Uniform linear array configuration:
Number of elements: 64
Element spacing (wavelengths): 0.75
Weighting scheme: exponential
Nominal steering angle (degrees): -30
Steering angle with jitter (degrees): -30.672
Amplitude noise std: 0.05
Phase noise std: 0.05

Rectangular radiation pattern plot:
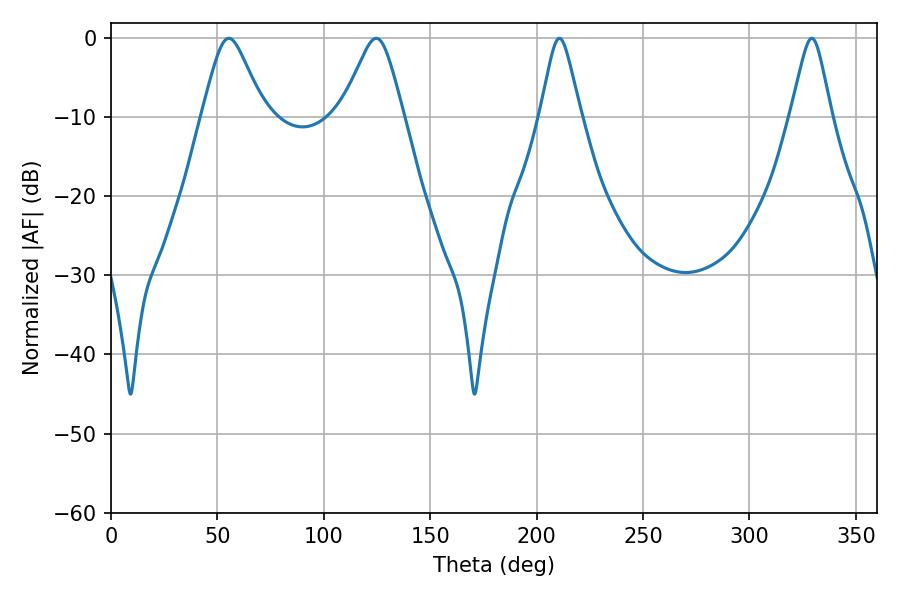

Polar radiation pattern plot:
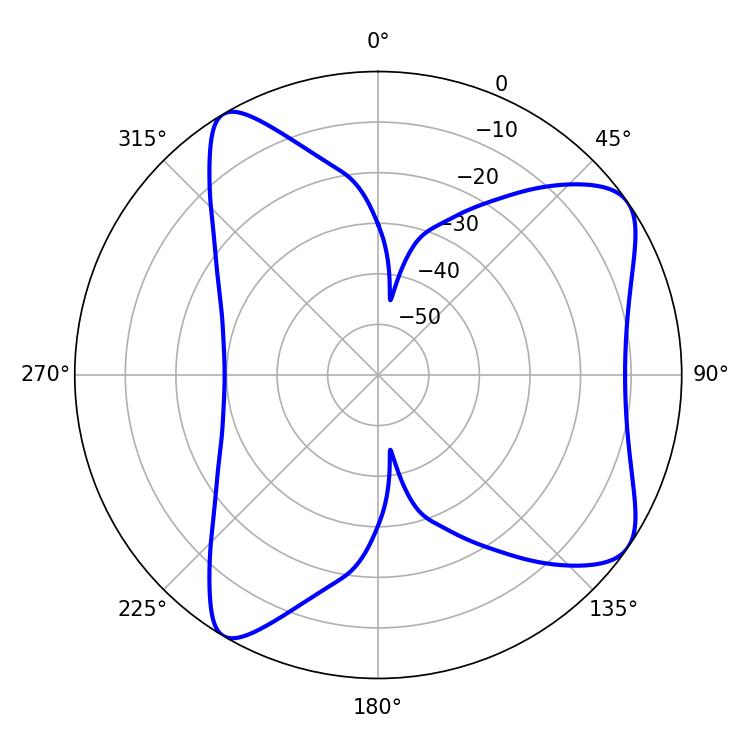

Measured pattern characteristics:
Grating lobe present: TRUE
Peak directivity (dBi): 7.915
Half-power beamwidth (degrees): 14.04
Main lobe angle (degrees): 55.44